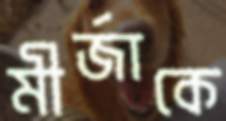
মীর্জাকে